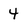
Character: 4